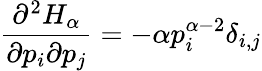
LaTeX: \frac{\partial^{2}H_{\alpha}}{\partial p_{i}\partial p_{j}}=-\alpha p_{i}^{\alpha-2}\delta_{i,j}